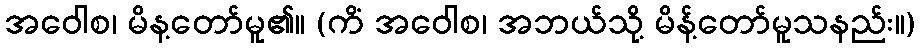
အဝေါစ၊ မိန့တော်မူ၏။ (ကိံ အဝေါစ၊ အဘယ်သို့ မိန့်တော်မူသနည်း။)